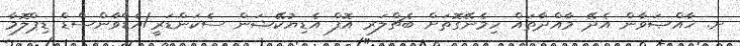
ށ. ޚާއްޞަވާން އެދޭ މާއްދާތައް ހިމެނޭގޮތަށް ބެޗްލަރ އޮފް އެޑިޔުކޭޝަން ސެކަންޑަރީ/އެޑްވާންސްޑް ޑިޕްލޮމާ